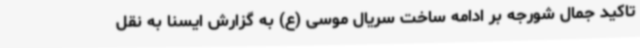
تاکید جمال شورجه بر ادامه ساخت سریال موسی (ع) به گزارش ایسنا به نقل